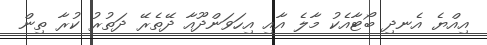
އިއްޔެ އެނދި ބޯޓާއެކު މާލެ އާއި އިހަވަންދޫއާ ދޭތެރޭ ދަތުރު ކުރާ ތިން